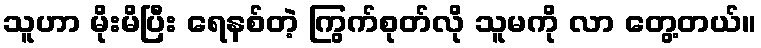
သူဟာ မိုးမိပြီး ရေနစ်တဲ့ ကြွက်စုတ်လို သူမကို လာ တွေ့တယ်။